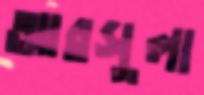
আরসুলা